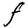
Character: F